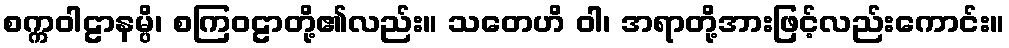
စက္ကဝါဠာနမ္ပိ၊ စကြဝဠာတို့၏လည်း။ သတေဟိ ဝါ၊ အရာတို့အားဖြင့်လည်းကောင်း။